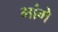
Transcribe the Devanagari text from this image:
भांगे